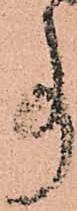
事